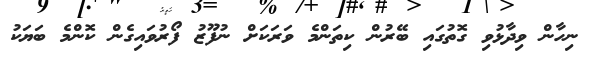
ނިހާން ވިދާޅުވި ގޮތުގައި ބޭރުން ކިތަންމެ ވަރަކަށް ނުފޫޒު ފޯރުވައިގެން ކޮންމެ ބަޔަކު